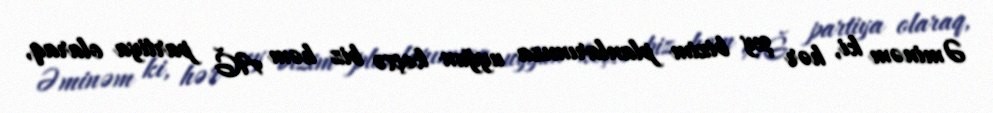
Əminəm ki, hər şey bizim planlarımıza uyğun keçsə biz həm AĞ partiya olaraq,